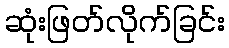
ဆုံးဖြတ်လိုက်ခြင်း